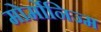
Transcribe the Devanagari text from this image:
मोर्मोनिज्म